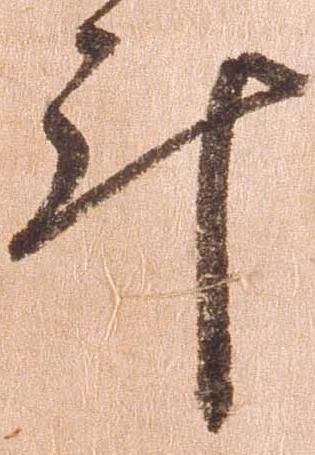
計